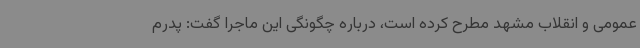
عمومی و انقلاب مشهد مطرح کرده است، درباره چگونگی این ماجرا گفت: پدرم